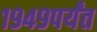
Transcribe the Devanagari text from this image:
१९४९पर्यंत